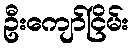
ဦးကျော်ငြိမ်း